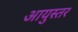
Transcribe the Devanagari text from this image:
आयुस्तर